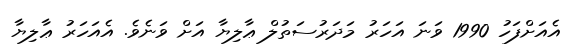
އެއަށްފަހު 1990 ވަނަ އަހަރު މަދަރުސަތުލް ޢާލިޔާ އަށް ވަނެވެ. އެއަހަރު ޢާލިޔާ